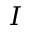
\boldsymbol { I }